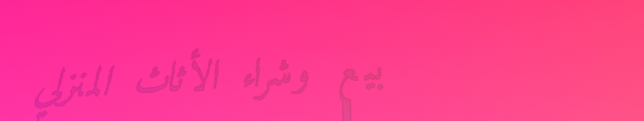
بيع وشراء الأثاث المنزلي